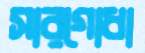
সারগোধা